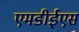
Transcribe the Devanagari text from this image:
एमडीईएस